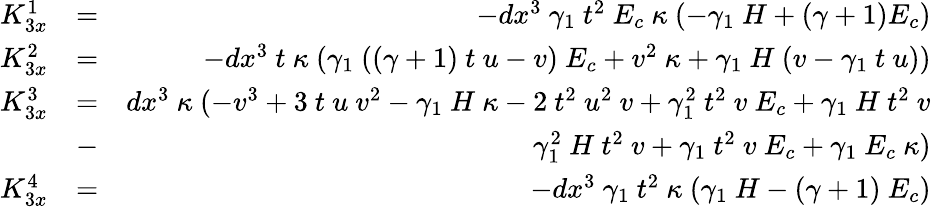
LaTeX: \begin{array}{rlr}{K_{3x}^{1}}&{=}&{-dx^{3}~\gamma_{1}~t^{2}~E_{c}~\kappa~(-\gamma_{1}~H+(\gamma+1)E_{c})}\\ {K_{3x}^{2}}&{=}&{-dx^{3}~t~\kappa~(\gamma_{1}~((\gamma+1)~t~u-v)~E_{c}+v^{2}~\kappa+\gamma_{1}~H~(v-\gamma_{1}~t~u))}\\ {K_{3x}^{3}}&{=}&{dx^{3}~\kappa~(-v^{3}+3~t~u~v^{2}-\gamma_{1}~H~\kappa-2~t^{2}~u^{2}~v+\gamma_{1}^{2}~t^{2}~v~E_{c}+\gamma_{1}~H~t^{2}~v}\\ &{-}&{\gamma_{1}^{2}~H~t^{2}~v+\gamma_{1}~t^{2}~v~E_{c}+\gamma_{1}~E_{c}~\kappa)}\\ {K_{3x}^{4}}&{=}&{-dx^{3}~\gamma_{1}~t^{2}~\kappa~(\gamma_{1}~H-(\gamma+1)~E_{c})}\end{array}